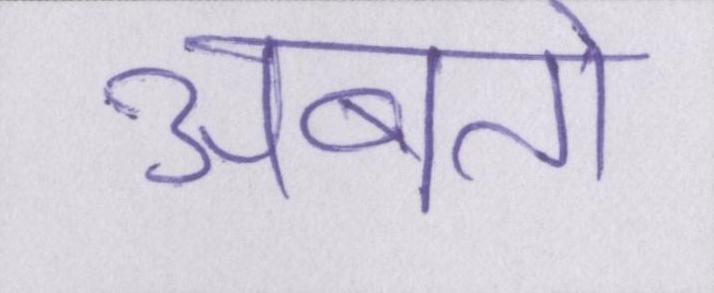
अबतो